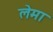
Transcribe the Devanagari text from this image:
लेमा